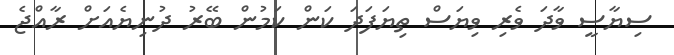
ސިޔާސީ ވާދަ ވެރި ވިޔަސް ތިޔަފަދަ ކަން ކަމުން ބޭރު ދުނިޔެއަށް ރާއްޖެ